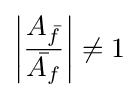
\left|{\frac {A_{\bar {f}}}{\bar {A_{f}}}}\right|\neq 1